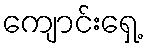
ကျောင်းရှေ့